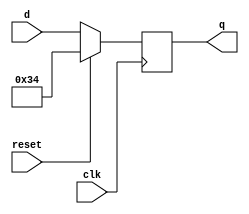
module top_module (
    input  wire       clk,
    input  wire       reset,
    input  wire [7:0] d,
    output  reg [7:0] q
);
    always @(negedge clk) begin
        if (reset) begin        // 
            q <= 8'h34;
        end
        else begin
            q <= d;
        end
    end
endmodule